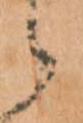
候